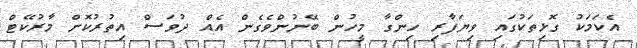
އެކަމަކު ގޮޅިތަކުގައި ވިޔަފާރި ހިންގާ މީހުން ބޭނުންވެގެން އެއް ދުވަސް އިތުރުކޮށް މާރުކޭޓް